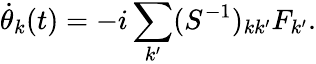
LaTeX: \dot{\theta}_{k}(t)=-i\sum_{k^{\prime}}(S^{-1})_{kk^{\prime}}F_{k^{\prime}}.